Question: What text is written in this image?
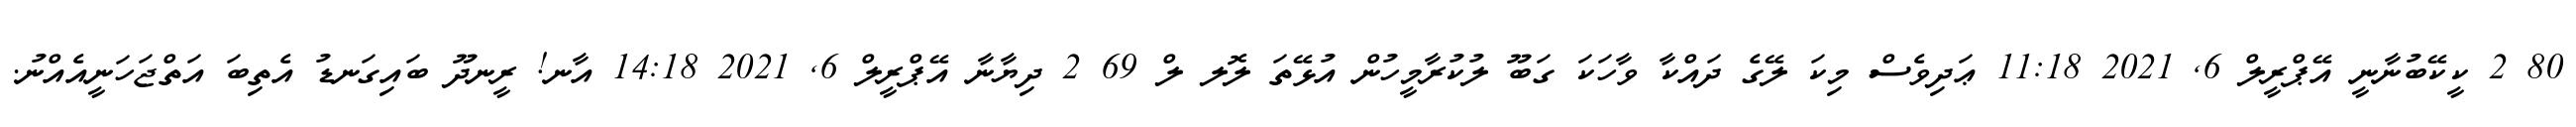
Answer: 80 2 ކީކޭބުނާނީ އޭޕްރީލް 6, 2021 11:18 ޢަދިވެސް މިކަ ލޭގެ ދައްކާ ވާހަކަ ގަބޫ ލުކުރާމީހުން އުޅޭތަ ލޮލ ލް 69 2 ދިޔާނާ އޭޕްރީލް 6, 2021 14:18 އާނ! ރީނދޫ ބައިގަނޑު އެތިބަ އަތްޖަހަނީއެއްނު.